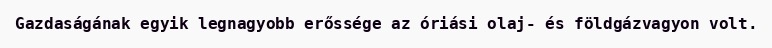
Gazdaságának egyik legnagyobb erőssége az óriási olaj- és földgázvagyon volt.